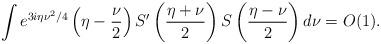
LaTeX: \begin{align*}\int e^{3i\eta\nu^2/4}\left(\eta-\frac{\nu}{2}\right)S'\left(\frac{\eta+\nu}{2}\right)S\left(\frac{\eta-\nu}{2}\right)d\nu = O(1).\end{align*}